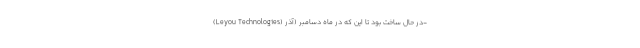
(Leyou Technologies) در حال ساخت بود تا این که در ماه دسامبر (آذر-